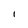
Character: l